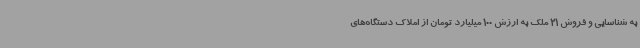
به شناسایی و فروش 21 ملک به ارزش 100 میلیارد تومان از املاک دستگاه‌های